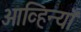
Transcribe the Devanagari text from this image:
आव्हिन्याँ